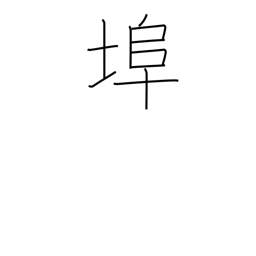
Meaning: wharf